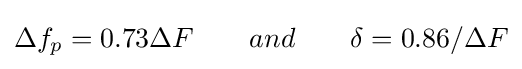
\Delta f_{p}=0.73\Delta F\qquad and\qquad \delta =0.86/\Delta F